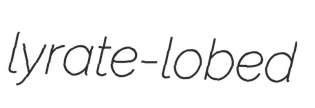
lyrate-lobed